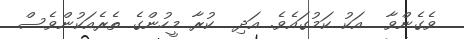
ވެގެންވާ  އަކު ކަމުގައެވެ. އަދި  ކުރާ މީހުންގެ ތެރެއަކުންވެސް